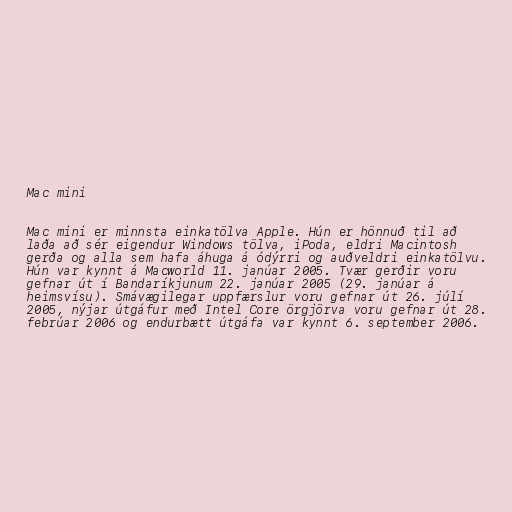
Mac mini

Mac mini er minnsta einkatölva Apple. Hún er hönnuð til að
laða að sér eigendur Windows tölva, iPoda, eldri Macintosh
gerða og alla sem hafa áhuga á ódýrri og auðveldri einkatölvu.
Hún var kynnt á Macworld 11. janúar 2005. Tvær gerðir voru
gefnar út í Bandaríkjunum 22. janúar 2005 (29. janúar á
heimsvísu). Smávægilegar uppfærslur voru gefnar út 26. júlí
2005, nýjar útgáfur með Intel Core örgjörva voru gefnar út 28.
febrúar 2006 og endurbætt útgáfa var kynnt 6. september 2006.